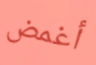
أغمض